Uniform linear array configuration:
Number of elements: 8
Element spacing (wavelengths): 0.5
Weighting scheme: hann
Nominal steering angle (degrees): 30
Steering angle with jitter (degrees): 29.56
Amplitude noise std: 0.05
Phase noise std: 0.05

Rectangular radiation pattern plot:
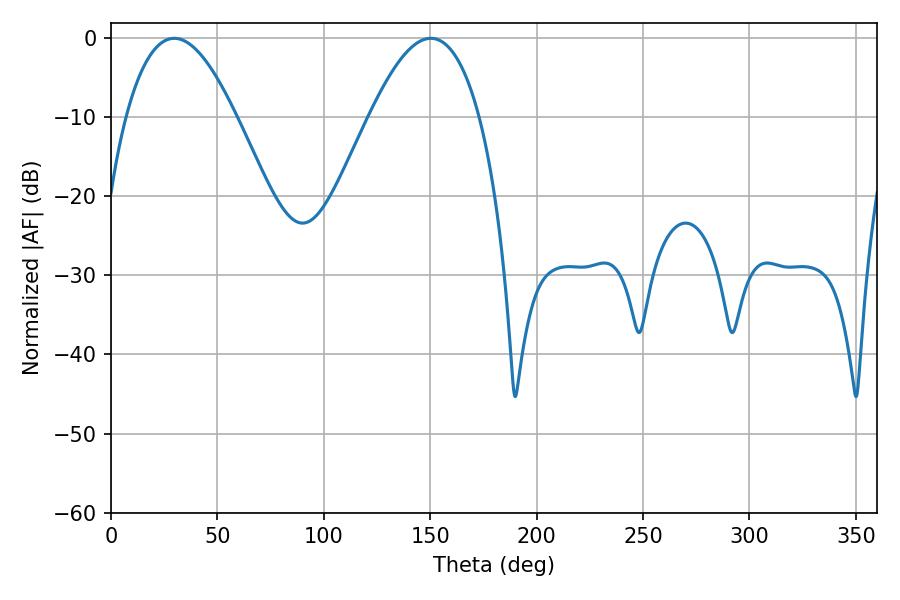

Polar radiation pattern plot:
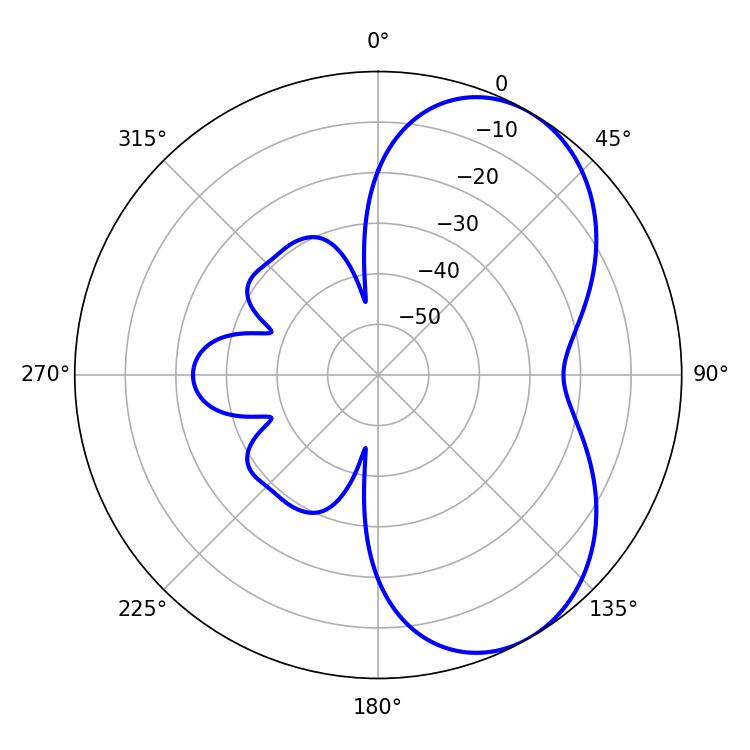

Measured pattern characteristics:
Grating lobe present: FALSE
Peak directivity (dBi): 5.607
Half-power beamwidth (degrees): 28.26
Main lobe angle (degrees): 29.7